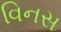
વિનસ